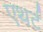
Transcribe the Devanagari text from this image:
एथर्ट